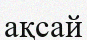
ақсай